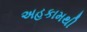
અહકામથી